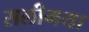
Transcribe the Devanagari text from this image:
सलीमया